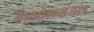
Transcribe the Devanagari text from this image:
है।क्षोभमंडल